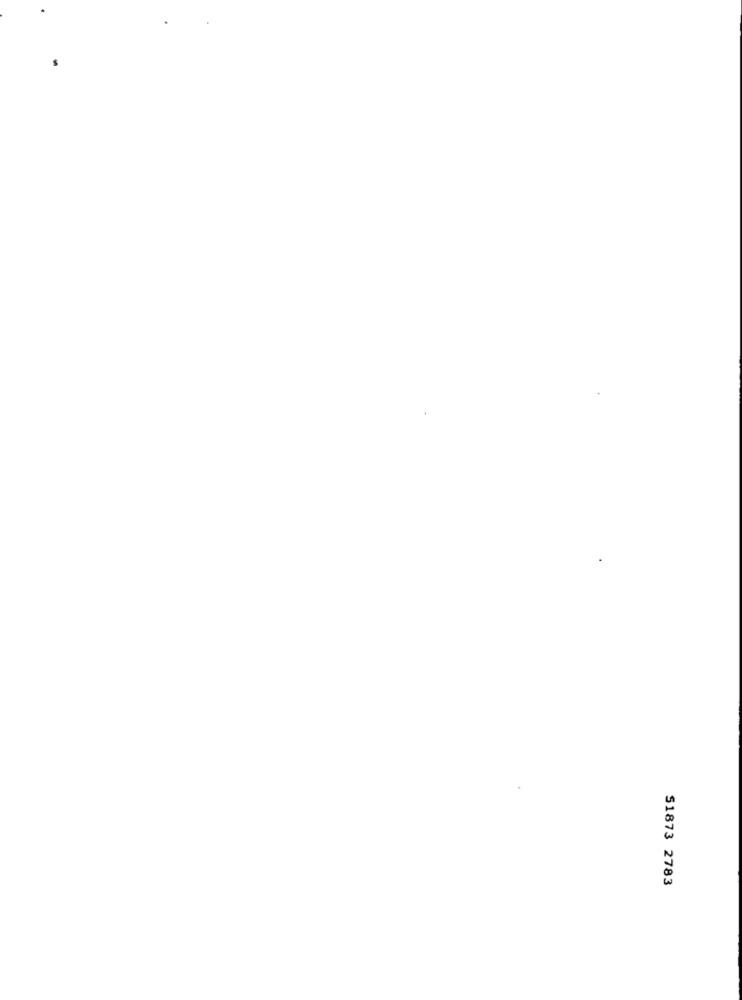
51873 2783